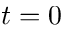
t = 0